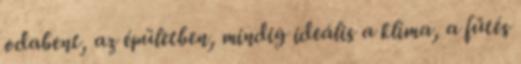
odabent, az épületben, mindig ideális a klíma, a fűtés